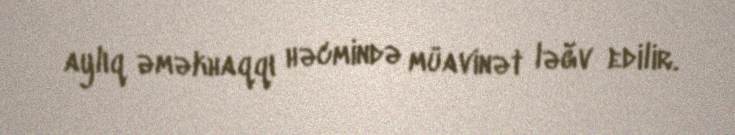
aylıq əməkhaqqı həcmində müavinət ləğv edilir.